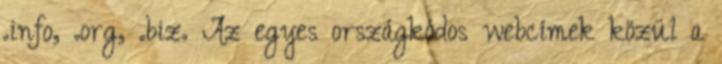
.info, .org, .biz. Az egyes országkódos webcímek közül a